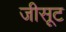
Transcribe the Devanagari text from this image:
जीसूट